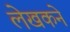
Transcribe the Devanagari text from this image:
लेखकने